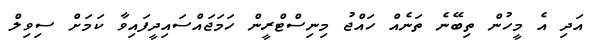
އަދި އެ މީހުން ތިބޭނެ ތަނެއް ހައްޖު މިނިސްޓްރީން ހަމަޖައްސައިދީފައިވާ ކަމަށް ސިވިލް